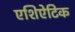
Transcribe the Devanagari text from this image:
एशिऐटिक